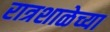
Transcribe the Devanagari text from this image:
रात्रशाळेच्या